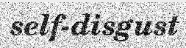
self-disgust